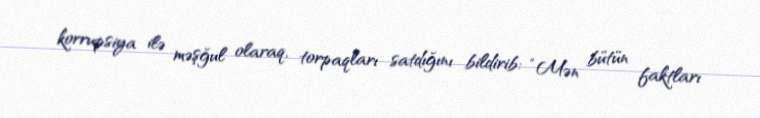
korrupsiya ilə məşğul olaraq, torpaqları satdığını bildirib: “Mən bütün faktları